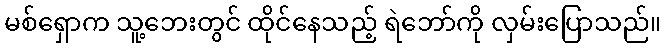
မစ်ရှောက သူ့ဘေးတွင် ထိုင်နေသည့် ရဲဘော်ကို လှမ်းပြောသည်။